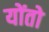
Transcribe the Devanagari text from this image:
योंतो